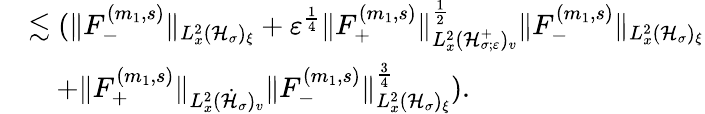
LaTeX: \begin{array}{rl}&{\lesssim(\| F_{-}^{(m_{1},s)}\| _{L_{x}^{2}(\mathcal H_{\sigma})_{\xi}}+\varepsilon^{\frac{1}{4}}\| F_{+}^{(m_{1},s)}\| _{L_{x}^{2}(\mathcal H_{\sigma;\varepsilon}^{+})_{v}}^{\frac{1}{2}}\| F_{-}^{(m_{1},s)}\| _{L_{x}^{2}({\mathcal H}_{\sigma})_{\xi}}}\\ &{\quad+\| F_{+}^{(m_{1},s)}\| _{L_{x}^{2}(\dot{\mathcal H}_{\sigma})_{v}}\| F_{-}^{(m_{1},s)}\| _{L_{x}^{2}(\mathcal H_{\sigma})_{\xi}}^{\frac{3}{4}}).}\end{array}